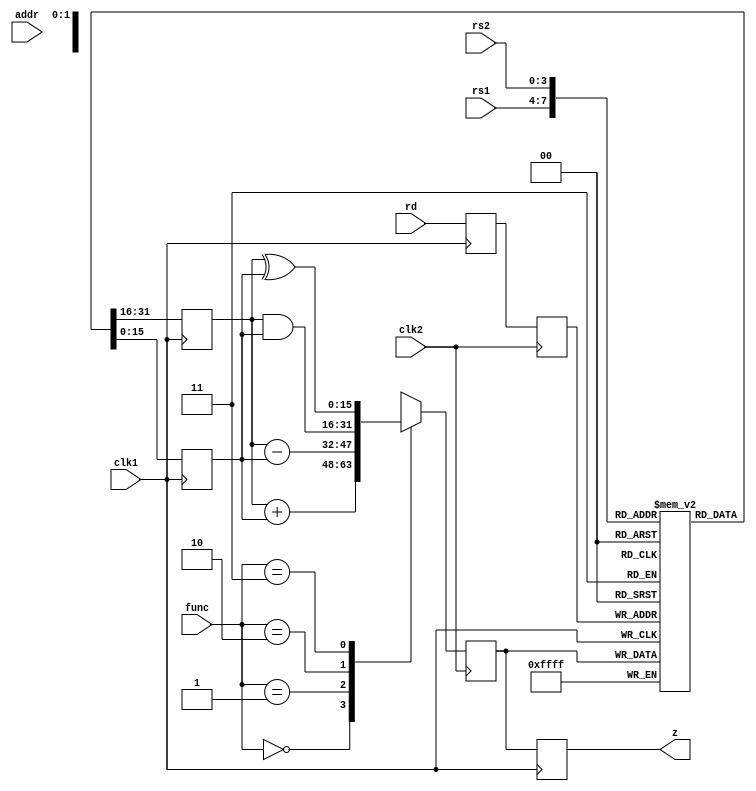
module pipelining(rs1,rs2,rd,z,addr,func,clk1,clk2);
input clk1,clk2;
input [3:0] rs1,rs2,rd;
input [1:0] func;
input [7:0] addr;
output [15:0] z;
reg [15:0] L12_A,L12_B,L23_z,L34_z;
reg [3:0] L12_rd,L12_func,L23_rd;
reg [7:0] L12_addr,L23_addr,L34_addr;

reg [15:0] regbank [0:15];
reg [15:0] mem [0:255];

assign z = L34_z;
//stage1
always @(posedge clk1)
begin
L12_A <= #2 regbank[rs1];
L12_B <= #2 regbank[rs2];
L12_rd <= #2 rd;
L12_func <= #2 func;
L12_addr <= #2 addr;
end
//stage2
always @(negedge clk2)
begin
	case(func)
		0: L23_z <= #2 L12_A + L12_B;
		1: L23_z <= #2 L12_A - L12_B;
		2: L23_z <= #2 L12_A & L12_B;
		3: L23_z <= #2 L12_A ^ L12_B;
		default: L23_z <= #2 16'hxxxx;
	endcase
	L23_rd <= #2 L12_rd;
	L23_addr <= #2 L12_addr;
end
//stage3
always @(posedge clk1)
begin
regbank[L23_rd] <= #2 L23_z;
L34_z <= #2 L23_z;
L34_addr <= #2 L23_addr;
end
//stage4
always @(negedge clk2)
begin
mem[L34_addr] <= #2 L34_z;
end 

endmodule